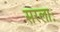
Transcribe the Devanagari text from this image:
सरलाः